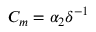
C _ { m } = \alpha _ { 2 } \delta ^ { - 1 }